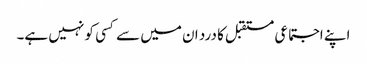
اپنے اجتماعی مستقبل کا درد ان میں سے کسی کو نہیں ہے۔